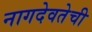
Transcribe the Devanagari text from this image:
नागदेवतेची